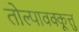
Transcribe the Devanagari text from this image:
तोल्पावक्कूत्तु